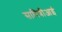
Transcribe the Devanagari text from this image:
सावित्रीआई